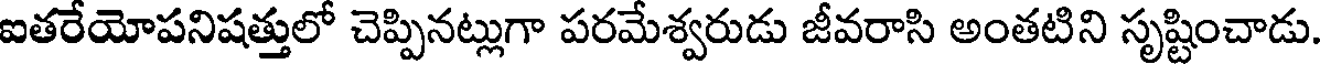
ఐతరేయోపనిషత్తులో చెప్పినట్లుగా పరమేశ్వరుడు జీవరాసి అంతటిని సృష్టించాడు.